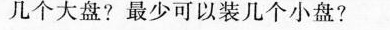
几个大盘?最少可以装几个小盘?